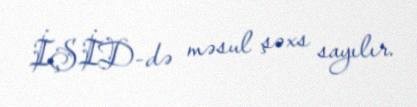
İŞİD-də məsul şəxs sayılır.